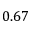
0 . 6 7